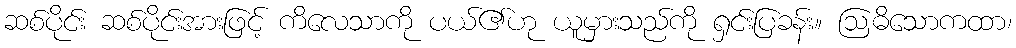
ဆစ်ပိုင်း ဆစ်ပိုင်းအားဖြင့် ကိလေသာကို ပယ်၏ဟု ယူမှားသည်ကို ရှင်းပြခန်း။ ဩဓိသောကထာ၊